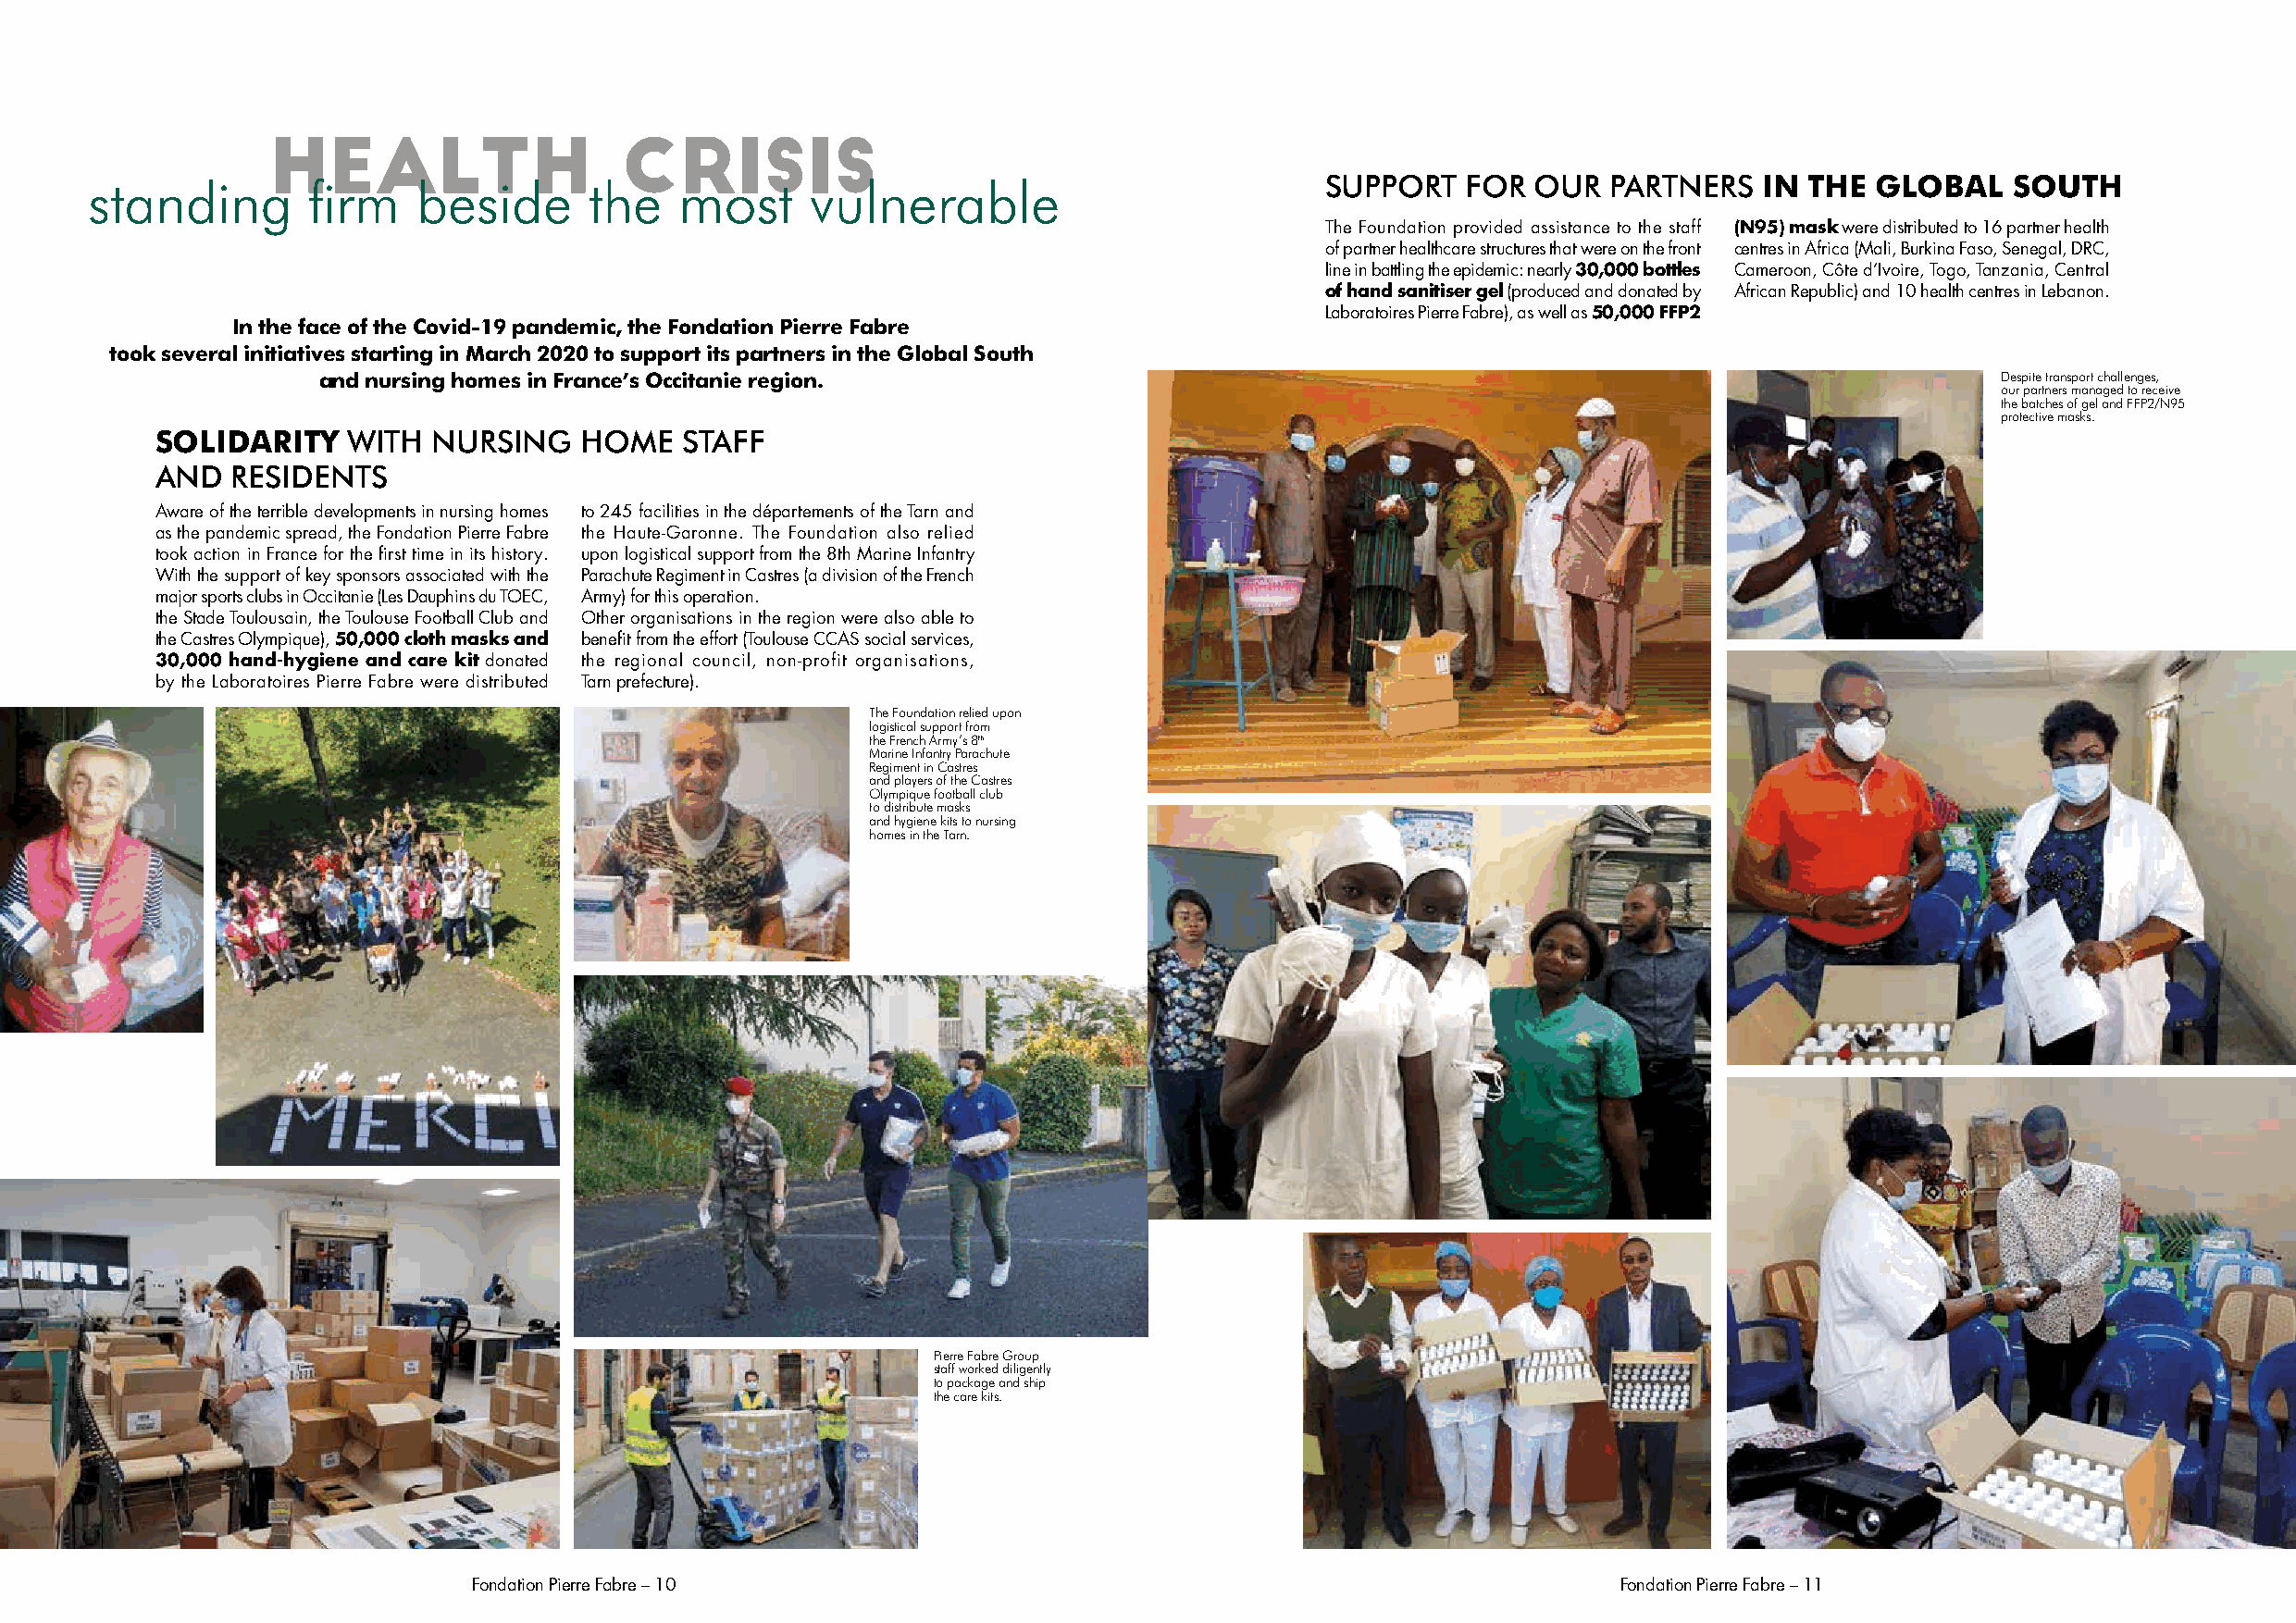
HEALTH                   CRISIS
 standing        firm    beside      the    most     vulnerable                           SUPPORT   FOR  OUR  PARTNERS   IN THE  GLOBAL    SOUTH
 The Foundation provided assistance to the staff (N95) mask were distributed to 16 partner health
 of partner healthcare structures that were on the front centres in Africa (Mali, Burkina Faso, Senegal, DRC,
 line in battling the epidemic: nearly 30,000 bottles Cameroon, Côte d’Ivoire, Togo, Tanzania, Central
 of hand sanitiser gel (produced and donated by African Republic) and 10 health centres in Lebanon.
 Laboratoires Pierre Fabre), as well as 50,000 FFP2
 In the face of the Covid-19 pandemic, the Fondation Pierre Fabre
 took several initiatives starting in March 2020 to support its partners in the Global South
 and nursing homes in France’s Occitanie region.                                                                         Despite transport challenges,
 our partners managed to receive
 the batches of gel and FFP2/N95
 protective masks.
 SOLIDARITY    WITH  NURSING    HOME   STAFF
 AND   RESIDENTS
 Aware of the terrible developments in nursing homes to 245 facilities in the départements of the Tarn and
 as the pandemic spread, the Fondation Pierre Fabre the Haute-Garonne. The Foundation also relied
 took action in France for the first time in its history. upon logistical support from the 8th Marine Infantry
 With the support of key sponsors associated with the Parachute Regiment in Castres (a division of the French
 major sports clubs in Occitanie (Les Dauphins du TOEC, Army) for this operation.
 the Stade Toulousain, the Toulouse Football Club and Other organisations in the region were also able to
 the Castres Olympique), 50,000 cloth masks and benefit from the effort (Toulouse CCAS social services,
 30,000 hand-hygiene and care kit donated the regional council, non-profit organisations,
 by the Laboratoires Pierre Fabre were distributed Tarn prefecture).
 The Foundation relied upon
 logistical support from
 the French Army’s 8th
 Marine Infantry Parachute
 Regiment in Castres
 and players of the Castres
 Olympique football club
 to distribute masks
 and hygiene kits to nursing
 homes in the Tarn.
 Pierre Fabre Group
 staff worked diligently
 to package and ship
 the care kits.
 Fondation Pierre Fabre – 10                                                       Fondation Pierre Fabre – 11